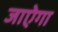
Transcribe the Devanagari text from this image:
जाऐगा